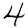
Digit: 4